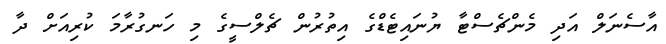
އާސެނަލް އަދި މެންޗެސްޓާ ޔުނައިޓެޑްގެ އިތުރުން ޗެލްސީގެ މި ހަނގުރާމަ ކުރިއަށް ދާ